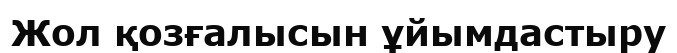
Жол қозғалысын ұйымдастыру